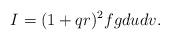
LaTeX: \begin{align*} I=(1+qr)^2fgdudv.\end{align*}